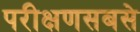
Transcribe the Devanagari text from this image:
परीक्षणसबसे